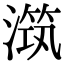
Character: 𣽆